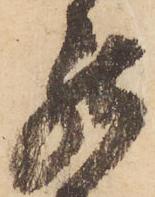
罷